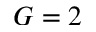
G = 2